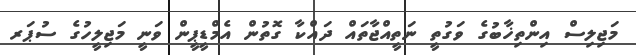
މަޖިލިސް އިންތިޚާބުގެ ވަގުތީ ނަތީއްޖާތައް ދައްކާ ގޮތުން އެމްޑީޕީން ވަނީ މަޖިލީހުގެ ސުޕަރ